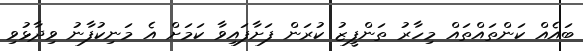
ބައެއް ކަންތައްތައް މިހާރު ތަންފީޒު ކުރަން ފަށާފައިވާ ކަމަށް އެ މަނިކުފާނު ވިދާޅުވި